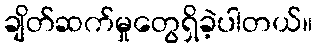
ချိတ်ဆက်မှုတွေရှိခဲ့ပါတယ်။